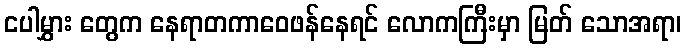
ငပါမွှား တွေက နေရာတကာဝေဖန်နေရင် လောကကြီးမှာ မြတ် သောအရာ၊